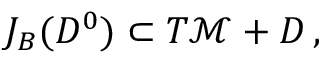
J _ { B } ( D ^ { 0 } ) \subset T \mathcal { M } + D \, ,